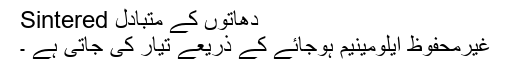
Sintered دھاتوں کے متبادل
غیرمحفوظ ایلومینیم ہوجائے کے ذریعے تیار کی جاتی ہے ۔